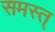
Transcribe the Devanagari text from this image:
समस्त्